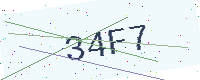
Text: 34F7